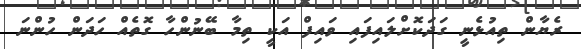
ރެޔާން ތިއުޅެނީ ގަދަކޮށްލައިފައި ވައިފް އަކީ ތިމާ ބޭނުންހާ ގޮތެއް ހަދަން ހުންނަ